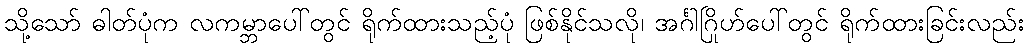
သို့သော် ဓါတ်ပုံက လကမ္ဘာပေါ်တွင် ရိုက်ထားသည့်ပုံ ဖြစ်နိုင်သလို၊ အင်္ဂါဂြိုဟ်ပေါ်တွင် ရိုက်ထားခြင်းလည်း